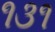
૧૩૧